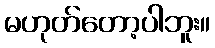
မဟုတ်တော့ပါဘူး။